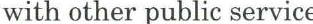
with other public service